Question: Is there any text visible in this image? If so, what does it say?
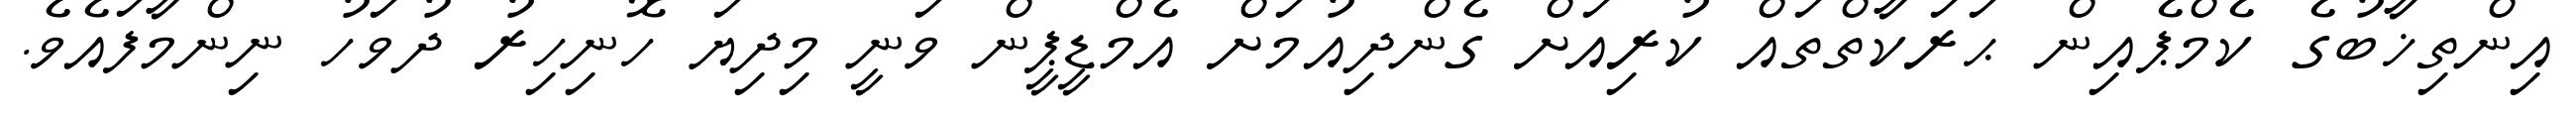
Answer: އިންތިޚާބުގެ ކެމްޕެއިން ޙަރަކާތްތައް ކުރިއަށް ގެންދިއުމަށް އެމްޑީޕީން ވަނީ މިދިޔަ ހޮނިހިރު ދުވަހު ނިންމާފައެވެ.